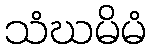
သံဃမိမံ